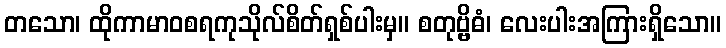
တသော၊ ထိုကာမာဝစရကုသိုလ်စိတ်ရှစ်ပါးမှ။ စတုဗ္ဗိဓံ၊ လေးပါးအကြားရှိသော။